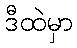
ဒီထဲမှာ